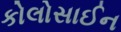
કોલોસાઈન